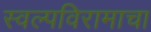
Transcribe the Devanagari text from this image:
स्वल्पविरामाचा